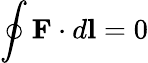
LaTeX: \oint\mathbf{F}\cdot d\mathbf{l}=0